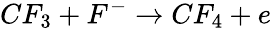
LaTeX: CF_{3}+F^{-}\rightarrow CF_{4}+e